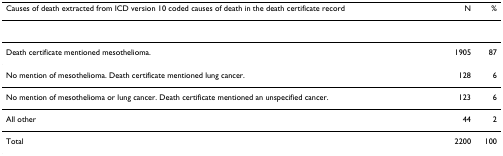
<table><thead><tr><td><b>Causes of death extracted from ICD version 10 coded causes of death in the death certificate record</b></td><td><b>N</b></td><td><b>%</b></td></tr></thead><tbody><tr><td>Death certificate mentioned mesothelioma.</td><td>1905</td><td>87</td></tr><tr><td>No mention of mesothelioma. Death certificate mentioned lung cancer.</td><td>128</td><td>6</td></tr><tr><td>No mention of mesothelioma or lung cancer. Death certificate mentioned an unspecified cancer.</td><td>123</td><td>6</td></tr><tr><td>All other</td><td>44</td><td>2</td></tr><tr><td>Total</td><td>2200</td><td>100</td></tr></tbody></table>